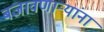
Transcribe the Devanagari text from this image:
बजावणाऱ्यांना